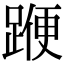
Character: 𨂯